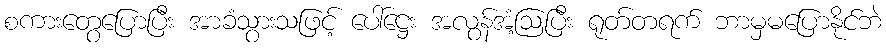
စကားတွေပြောပြီး အာခံသွားသဖြင့် ပေါ်ဋ္ဌေး အလွန်အံ့ဩပြီး ရုတ်တရက် ဘာမှမပြောနိုင်ဘဲ